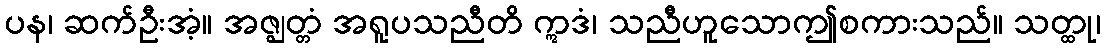
ပန၊ ဆက်ဦးအံ့။ အဇ္ဈတ္တံ အရူပသညီတိ ဣဒံ၊ သညီဟူသောဤစကားသည်။ သတ္ထု၊